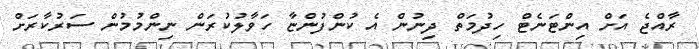
ރާއްޖެ އަށް އިންޓަނެޓް ހިދުމަތް ދިނުން އެ ކުންފުންޏާ ހަވާލުކުރަން ނިންމުމުން ސަރުކާރަށް